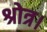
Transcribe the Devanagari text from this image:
श्रोत्र।